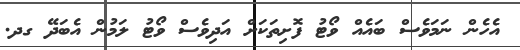
އެހެން ނަމަވެސް ބައެއް ވޯޓު ފޮށިތަކަށް އަދިވެސް ވޯޓު ލަމުން އެބަދޭ ގދ.